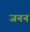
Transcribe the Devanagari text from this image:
जननं